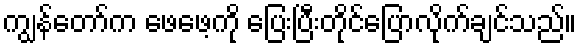
ကျွန်တော်က ဖေဖေ့ကို ပြေးပြီးတိုင်ပြောလိုက်ချင်သည်။